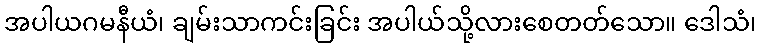
အပါယဂမနီယံ၊ ချမ်းသာကင်းခြင်း အပါယ်သို့လားစေတတ်သော။ ဒေါသံ၊